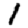
Digit: 1